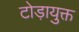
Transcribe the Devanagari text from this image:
टोड़ायुक्त